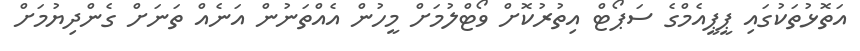
އަތޮޅުތަކުގައި ޕީޕީއެމްގެ ސަޕޯޓް އިތުރުކޮށް ވޯޓްލުމަށް މީހުން އެއްތަނުން އަނެއް ތަނަށް ގެންދިޔުމަށް